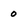
Character: 0